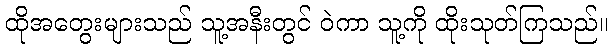
ထိုအတွေးများသည် သူ့အနီးတွင် ဝဲကာ သူ့ကို ထိုးသုတ်ကြသည်။